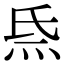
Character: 𤇡